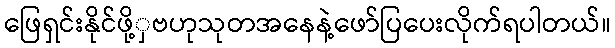
ဖြေရှင်းနိုင်ဖို့ှဗဟုသုတအနေနဲ့ဖော်ပြပေးလိုက်ရပါတယ်။